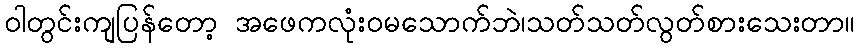
ဝါတွင်းကျပြန်တော့ အဖေကလုံးဝမသောက်ဘဲ၊သတ်သတ်လွတ်စားသေးတာ။